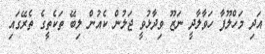
އަދި މަހްލޫފާ ހަވާލާދީ ނަޒޫ ވިދާޅުވީ ޖަލުން ކެއުން ލިބޭ ތަކެތީގެ ތެރޭގައި